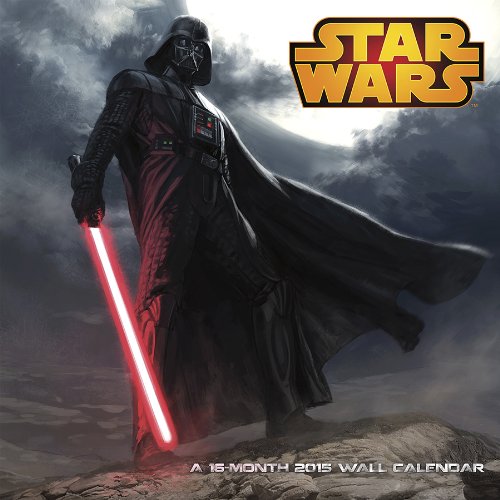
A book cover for Star Wars Saga 2015 Premium Wall Calendar; Trends International; Calendars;